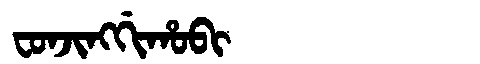
Manchu: ᠸᠣᠨᠵᡳᠩᡤᡳᡥᠣᠪᡳ
Romanization: FONJINGGIHOBI